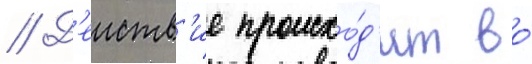
// Д'еиств'ие происхо́д'ит во́